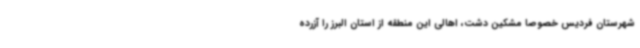
شهرستان فردیس خصوصا مشکین دشت، اهالی این منطقه از استان البرز را آزرده